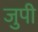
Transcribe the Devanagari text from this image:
जुपी